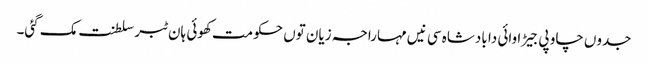
جدوں چاو پی جیڑا وائی دا بادشاہ سی نیں مہاراجہ زیان توں حکومت کھوئی ہان ٹبر سلطنت مک گئی۔